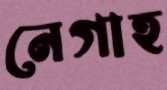
নেগাহ